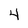
Character: 4